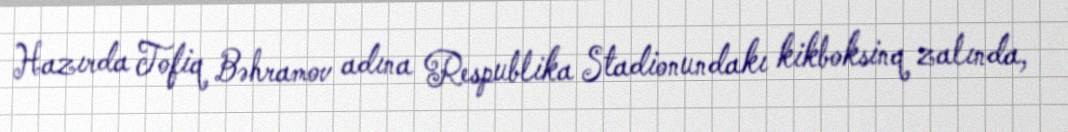
Hazırda Tofiq Bəhramov adına Respublika Stadionundakı kikboksinq zalında,